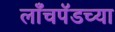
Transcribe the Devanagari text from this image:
लाँचपॅडच्या